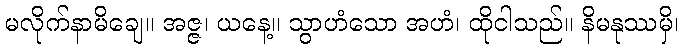
မလိုက်နာမိချေ။ အဇ္ဇ၊ ယနေ့။ သွာဟံသော အဟံ၊ ထိုငါသည်။ နိမနုဿမှိ၊